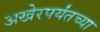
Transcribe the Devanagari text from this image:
अखेरपर्यंतच्या